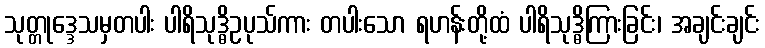
သုတ္တုဒ္ဒေသမှတပါး ပါရိသုဒ္ဓိဥပုသ်ကား တပါးသော ရဟန်းတို့ထံ ပါရိသုဒ္ဓိကြားခြင်း၊ အချင်းချင်း